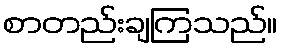
စာတည်းချကြသည်။